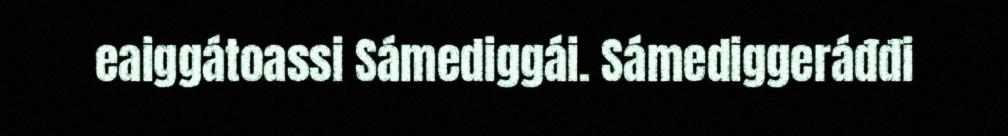
eaiggátoassi Sámediggái. Sámediggeráđđi